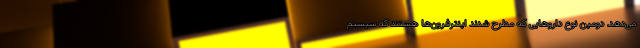
می‌دهد. دومین نوع داروهایی که مطرح شدند اینترفرون‌ها هستند که سیستم